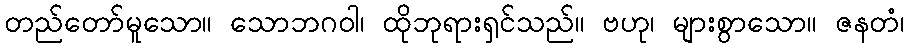
တည်တော်မူသော။ သောဘဂဝါ၊ ထိုဘုရားရှင်သည်။ ဗဟု၊ များစွာသော။ ဇနတံ၊